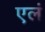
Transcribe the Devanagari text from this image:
एलं